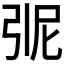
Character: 𭚭